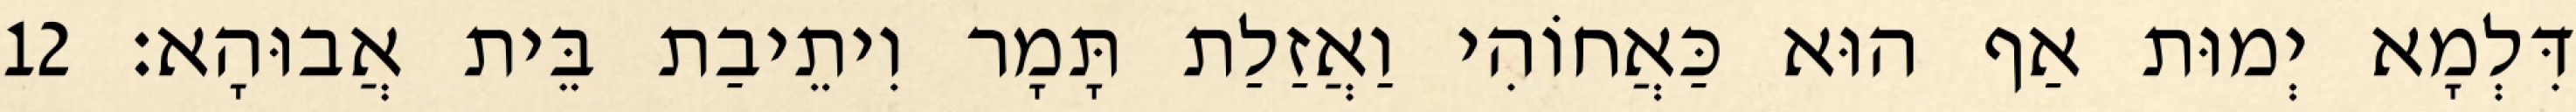
דִּלְמָא יְמוּת אַף הוּא כַּאֲחוֹהִי וַאֲזַלַת תָּמָר וִיתֵיבַת בֵּית אֲבוּהָא׃ 12